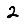
Digit: 2